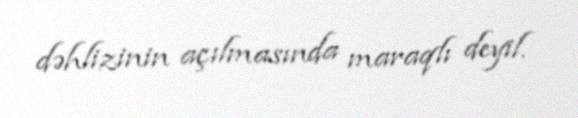
dəhlizinin açılmasında maraqlı deyil.